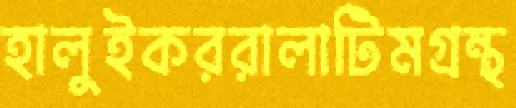
হালুইকররালাটিমগ্রন্থ